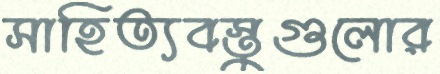
সাহিত্যবস্তুগুলোর